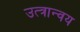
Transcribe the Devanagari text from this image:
उत्त्रान्वय